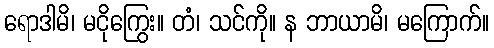
ရောဒါမိ၊ မငိုကြွေး။ တံ၊ သင်ကို။ န ဘာယာမိ၊ မကြောက်။